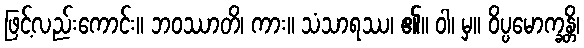
ဖြင့်လည်းကောင်း။ ဘဝဿာတိ၊ ကား။ သံသာရဿ၊ ၏။ ဝါ၊ မှ။ ဝိပ္ပမောက္ခန္တိ၊